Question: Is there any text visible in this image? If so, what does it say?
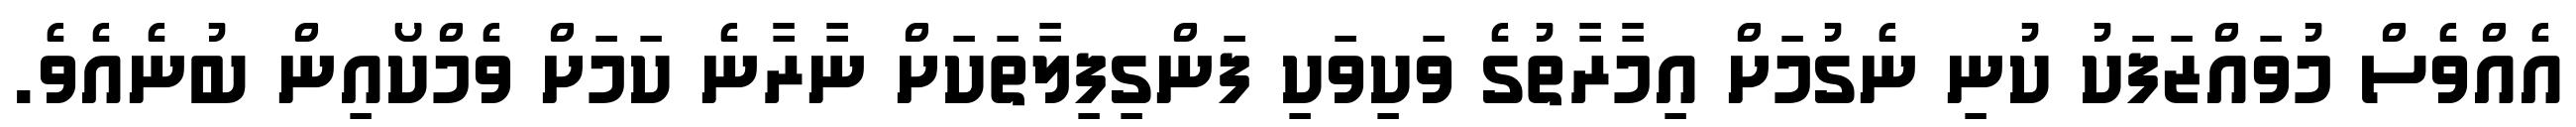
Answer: އެއްވެސް މުވައްޒަފަކު ކުނި ނެގުމަށް އިމާރާތުގެ ވަކިވަކި ފަންގިފިލާތަކަށް ނާރާނެ ކަމަށް ވެމްކޯއިން ބުނެއެވެ.